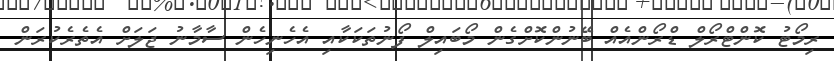
ރިމޯޓު ކޮންޓްރޯލް ޑްރޯންއެއް ބޭނުންކޮށްގެން މޯބައިލް ފޯނުތަކަކާއި އެހެނިހެން ސާމާނު ޖަލަށް އެތެރެކުރަން